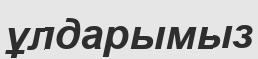
ұлдарымыз